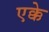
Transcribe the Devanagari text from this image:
एक्के